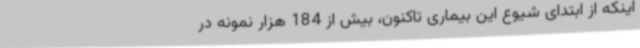
اینکه از ابتدای شیوع این بیماری تاکنون، بیش از 184 هزار نمونه در